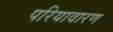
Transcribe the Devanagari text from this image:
परियावारण